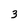
Character: 3